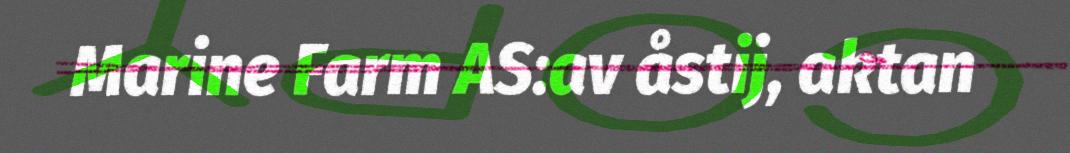
Marine Farm AS:av åstij, aktan